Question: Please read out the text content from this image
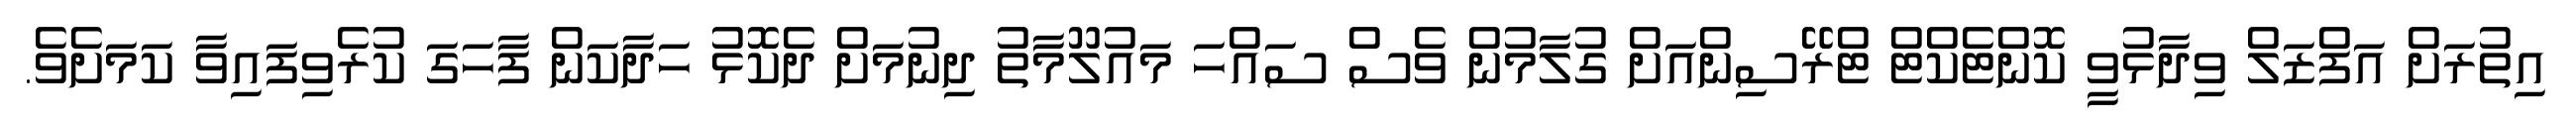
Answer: އިތުރަށް އަފްޒަލް ވިދާޅުވީ ކޮންޓެކްޓް ޓްރޭސިންއަށް ގުލާމުން ވެސް ސައްހަ މައުލޫމާތު ދިނުމަށް ދެކޮޅު ހަދާކަން ފާހަގަ ކުރެވިފައިވާ ކަމަށެވެ.